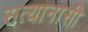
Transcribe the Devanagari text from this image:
सत्यानासी